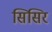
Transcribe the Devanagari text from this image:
सिसिर